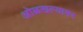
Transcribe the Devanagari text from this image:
ओळखल्यावर